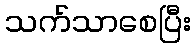
သက်သာစေပြီး